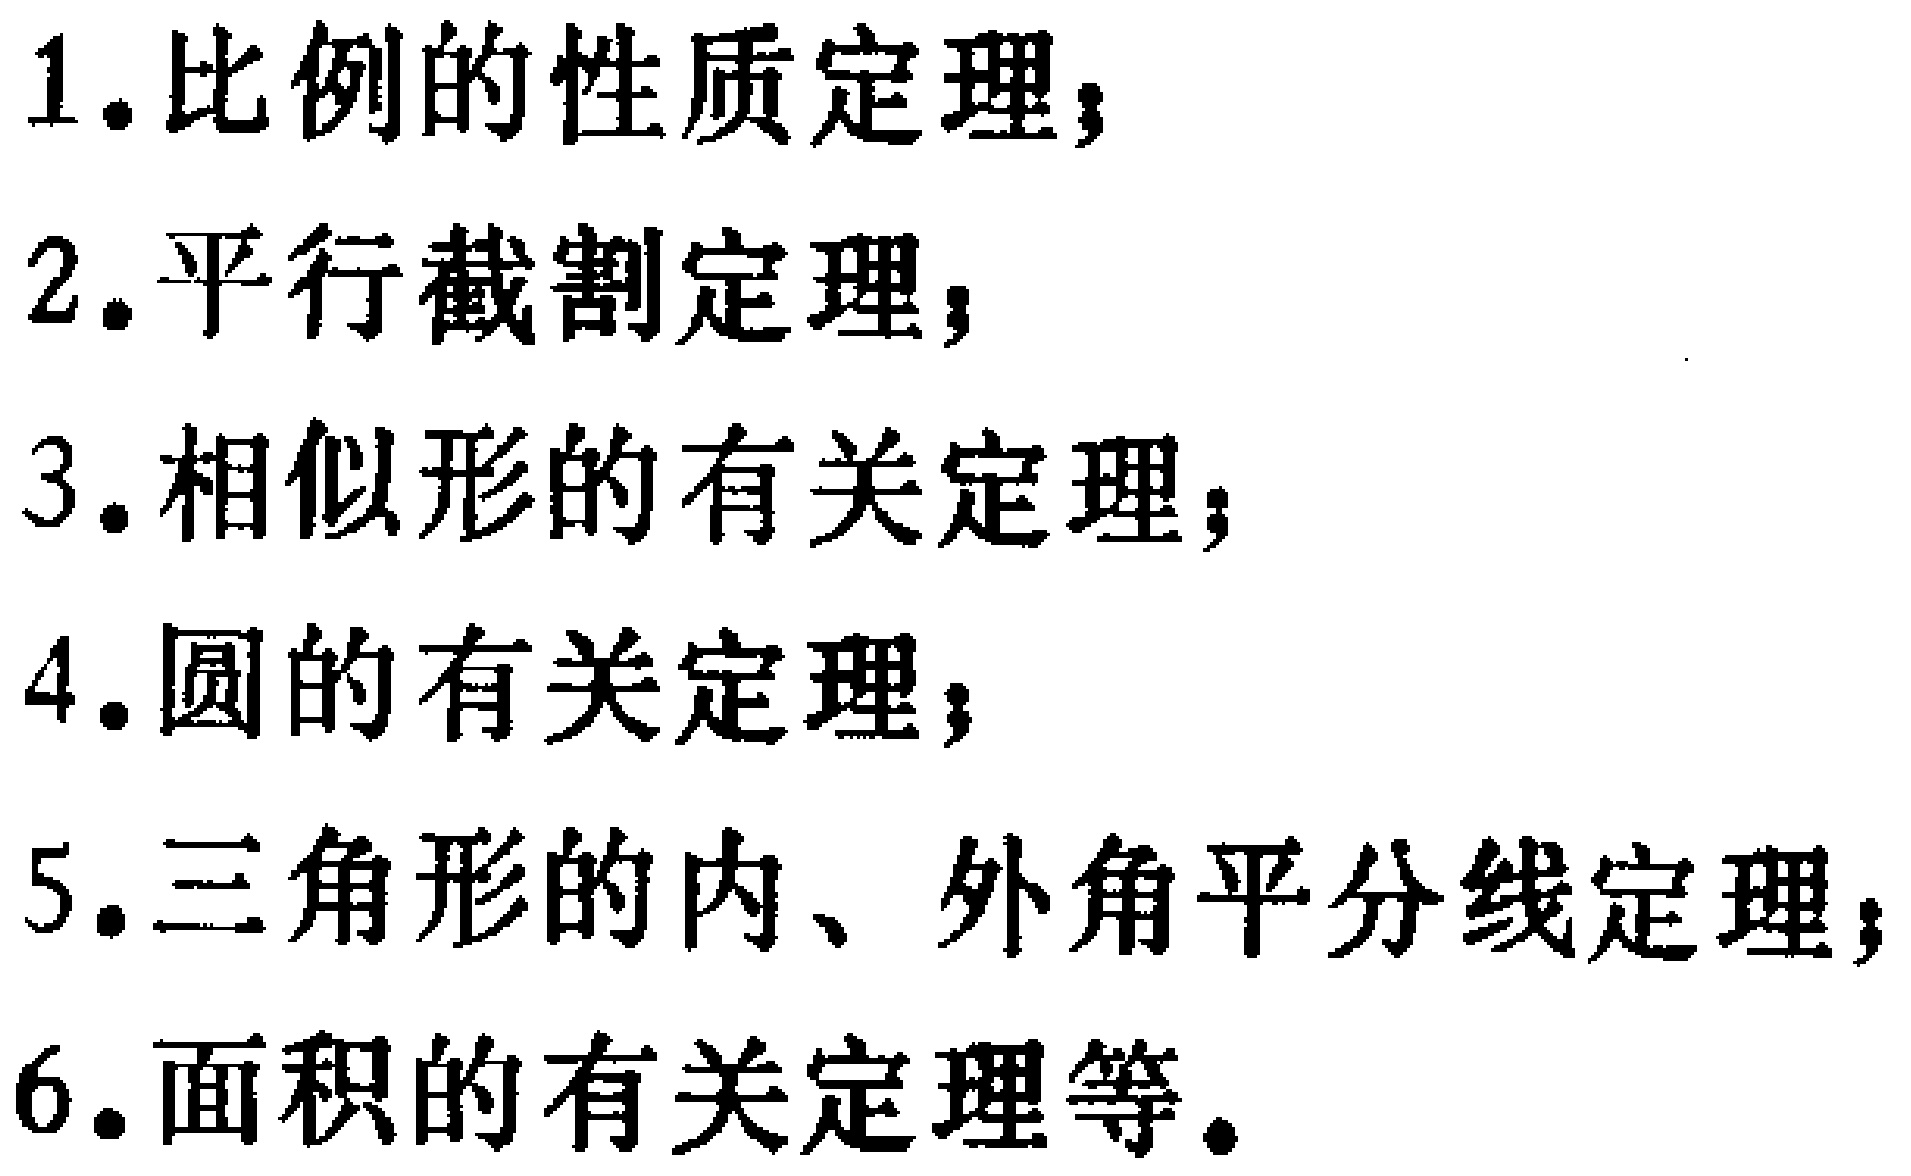
1. 比例的性质定理；

2. 平行截割定理；

3. 相似形的有关定理；

4. 圆的有关定理；

5. 三角形的内、外角平分线定理；

6. 面积的有关定理等。